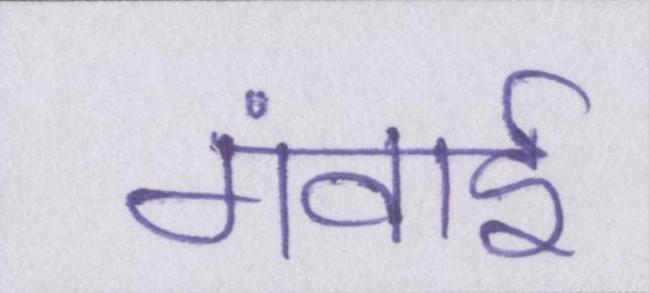
गंवाई